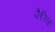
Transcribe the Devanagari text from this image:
फैरिक